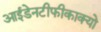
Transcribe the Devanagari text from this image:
आईडेनटीफीकाक्यो